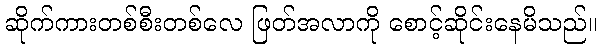
ဆိုက်ကားတစ်စီးတစ်လေ ဖြတ်အလာကို စောင့်ဆိုင်းနေမိသည်။